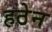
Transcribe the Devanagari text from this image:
हठेन